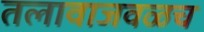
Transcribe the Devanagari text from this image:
तलावाजवळच